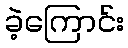
ခဲ့ကြောင်း